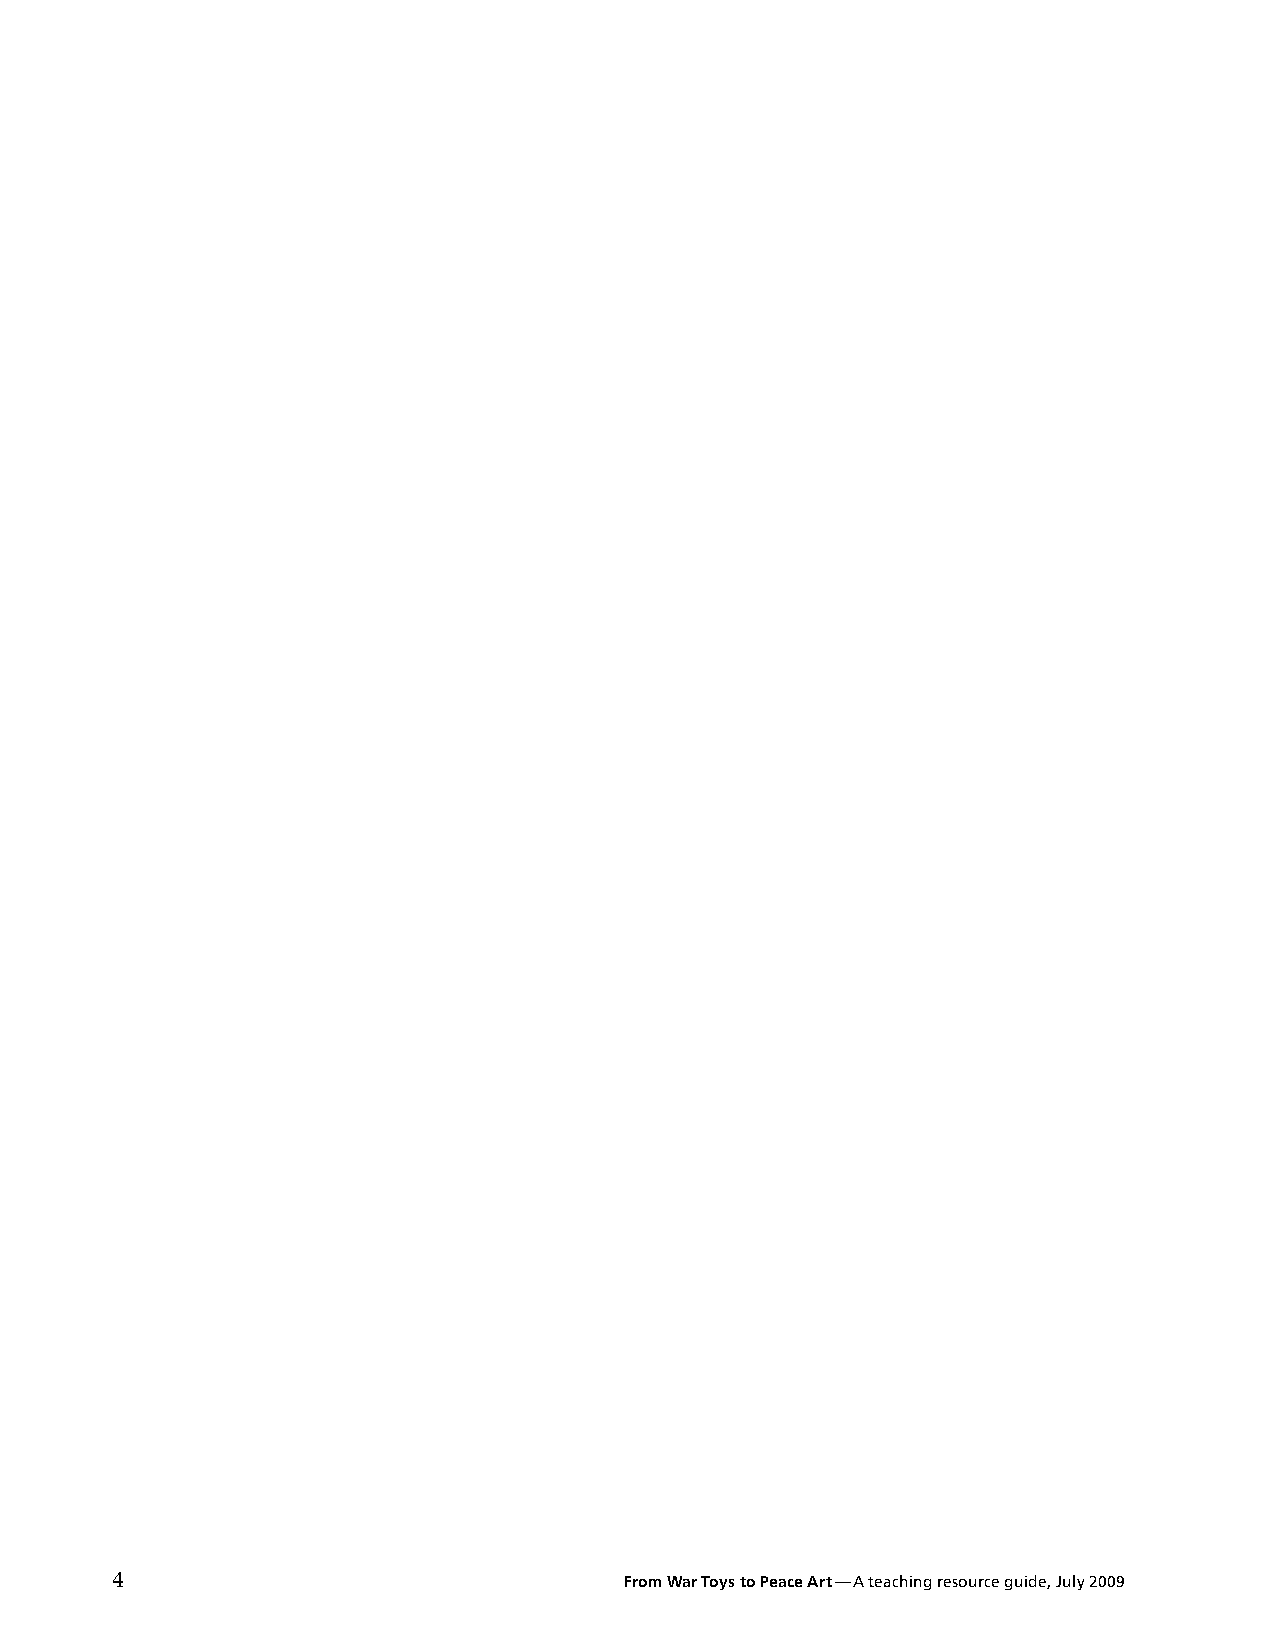
4                                 From War Toys to Peace Art —A teaching resource guide, July 2009